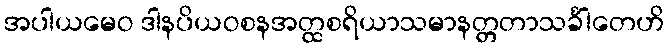
အပါယမေဝ ဒါနပိယဝစနအတ္ထစရိယာသမာနတ္တတာသင်္ခါတေဟိ